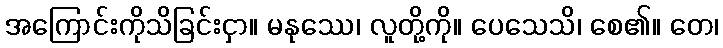
အကြောင်းကိုသိခြင်းငှာ။ မနုဿေ၊ လူတို့ကို။ ပေသေသိ၊ စေ၏။ တေ၊